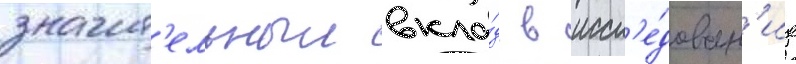
значит'ельныи вкла́д в иссл'е́дован'ие